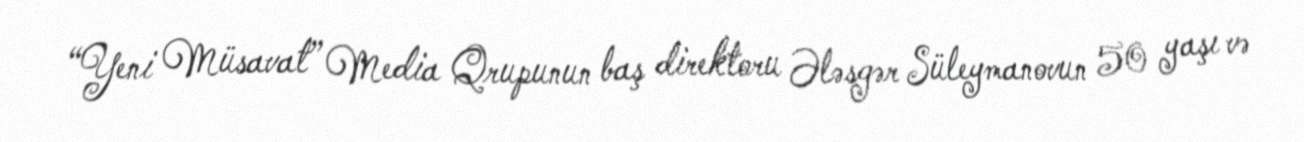
“Yeni Müsavat” Media Qrupunun baş direktoru Ələsgər Süleymanovun 50 yaşı və